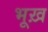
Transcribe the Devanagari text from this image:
भूख़